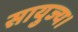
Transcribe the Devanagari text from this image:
सायुज्य।